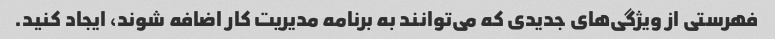
فهرستی از ویژگی‌های جدیدی که می‌توانند به برنامه مدیریت کار اضافه شوند، ایجاد کنید.